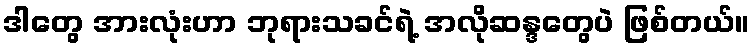
ဒါတွေ အားလုံးဟာ ဘုရားသခင်ရဲ့ အလိုဆန္ဒတွေပဲ ဖြစ်တယ်။